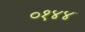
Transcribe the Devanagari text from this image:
०१४४